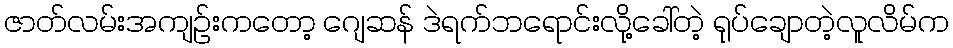
ဇာတ်လမ်းအကျဉ်းကတော့ ဂျေဆန် ဒဲရက်ဘရောင်းလို့ခေါ်တဲ့ ရုပ်ချောတဲ့လူလိမ်က